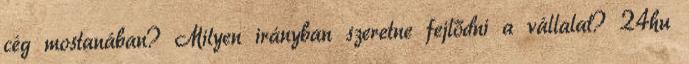
cég mostanában? Milyen irányban szeretne fejlődni a vállalat? 24hu